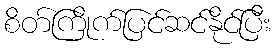
စိတ်ကြိုက်ပြင်ဆင်နိုင်ပြီး